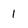
Character: 1